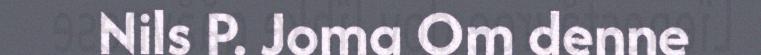
Nils P. Joma Om denne